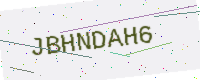
Text: JBHNDAH6